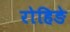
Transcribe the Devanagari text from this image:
रोहिङे